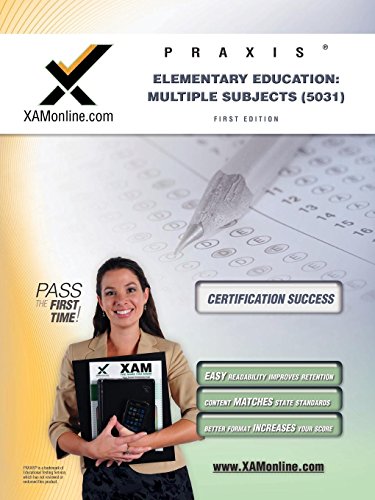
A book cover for Praxis Elementary Education: Multiple Subjects (5031); Sharon A Wynne; Test Preparation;